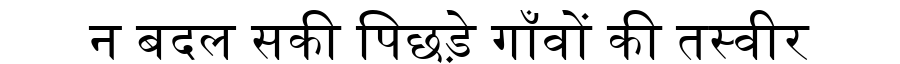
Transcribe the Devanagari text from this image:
न बदल सकी पिछड़े गाँवों की तस्वीर